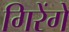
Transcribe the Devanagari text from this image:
गिरेंगे